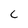
Character: C